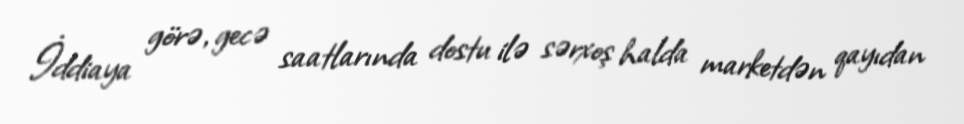
İddiaya görə, gecə saatlarında dostu ilə sərxoş halda marketdən qayıdan